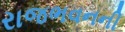
રાજભવનની